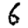
Digit: 6